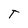
Character: T